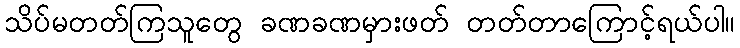
သိပ်မတတ်ကြသူတွေ ခဏခဏမှားဖတ် တတ်တာကြောင့်ရယ်ပါ။